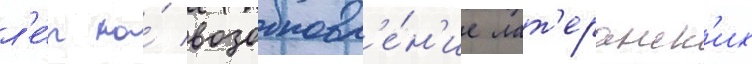
л'е́т на́ возобновл'е́н'ие лат'еранск'их